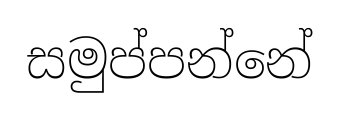
සමුප්පන්නේ